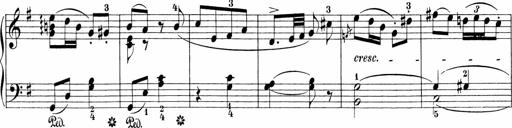
Title: Sonatinen Op.47, 98 und 136, nebst 6 Liedersonatinen
Composer: Carl Reinecke